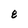
Character: 8